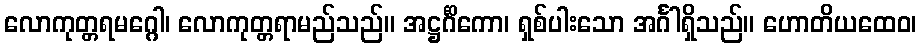
လောကုတ္တရမဂ္ဂေါ၊ လောကုတ္တရာမည်သည်။ အဋ္ဌင်္ဂိကော၊ ရှစ်ပါးသော အင်္ဂါရှိသည်။ ဟောတိယထေဝ၊